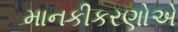
માનકીકરણોએ